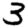
Digit: 3